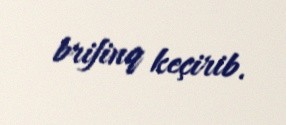
brifinq keçirib.